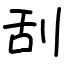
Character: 刮